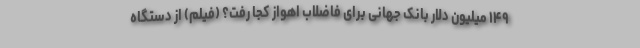
۱۴۹ میلیون دلار بانک جهانی برای فاضلاب اهواز کجا رفت؟ (فیلم) از دستگاه